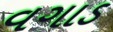
વગાડ